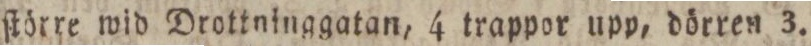
ſtörre wid Drottninggatan, 4 trappor upp, dörren 3.